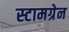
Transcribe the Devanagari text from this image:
स्टामग्रेन